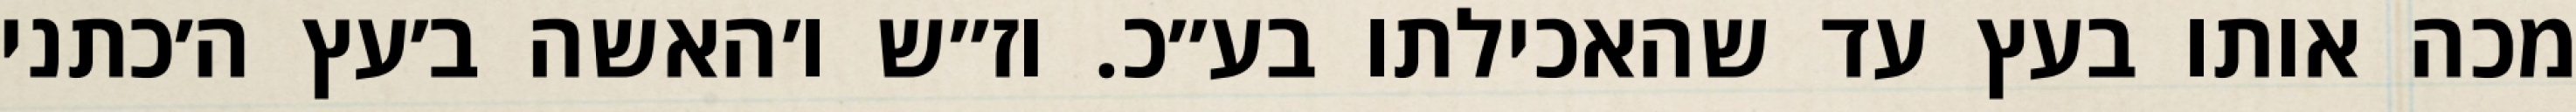
מכה אותו בעץ עד שהאכילתו בע״כ. וז״ש ו׳האשה ב׳עץ ה׳כתני